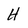
Character: H